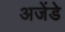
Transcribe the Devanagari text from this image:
अजेंडे